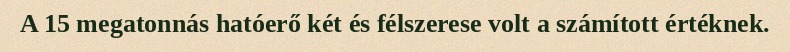
A 15 megatonnás hatóerő két és félszerese volt a számított értéknek.